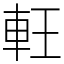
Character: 軖